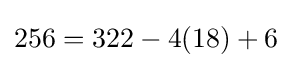
256=322-4(18)+6